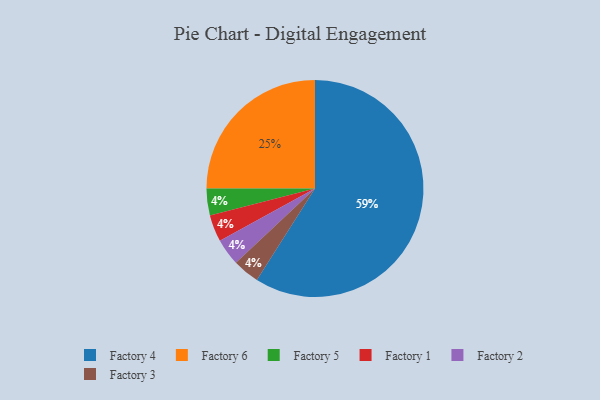
{"axis": {"x": "Category", "y": "Percentage"}, "legend": ["Factory 1", "Factory 2", "Factory 3", "Factory 4", "Factory 5", "Factory 6"], "data": [{"x": "Factory 6", "y": 25, "type": "Factory 6"}, {"x": "Factory 5", "y": 4, "type": "Factory 5"}, {"x": "Factory 1", "y": 4, "type": "Factory 1"}, {"x": "Factory 2", "y": 4, "type": "Factory 2"}, {"x": "Factory 4", "y": 59, "type": "Factory 4"}, {"x": "Factory 3", "y": 4, "type": "Factory 3"}]}